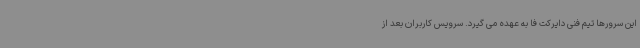
این سرورها تیم فنی دایرکت فا به عهده می گیرد. سرویس کاربران بعد از